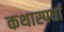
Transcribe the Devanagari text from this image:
कथास्पर्धा